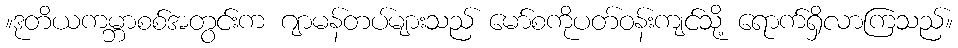
။ဒုတိယကမ္ဘာစစ်အတွင်းက ဂျာမန်တပ်များသည် မော်စကိုပတ်ဝန်းကျင်သို့ ရောက်ရှိလာကြသည်။